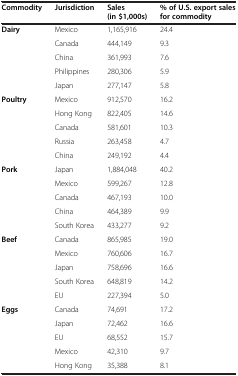
<table><thead><tr><td><b>Commodity</b></td><td><b>Jurisdiction</b></td><td><b>Sales (in $1,000s)</b></td><td><b>% of U.S. export sales for commodity</b></td></tr></thead><tbody><tr><td><b>Dairy</b></td><td>Mexico</td><td>1,165,916</td><td>24.4</td></tr><tr><td> </td><td>Canada</td><td>444,149</td><td>9.3</td></tr><tr><td> </td><td>China</td><td>361,993</td><td>7.6</td></tr><tr><td> </td><td>Philippines</td><td>280,306</td><td>5.9</td></tr><tr><td> </td><td>Japan</td><td>277,147</td><td>5.8</td></tr><tr><td><b>Poultry</b></td><td>Mexico</td><td>912,570</td><td>16.2</td></tr><tr><td> </td><td>Hong Kong</td><td>822,405</td><td>14.6</td></tr><tr><td> </td><td>Canada</td><td>581,601</td><td>10.3</td></tr><tr><td> </td><td>Russia</td><td>263,458</td><td>4.7</td></tr><tr><td> </td><td>China</td><td>249,192</td><td>4.4</td></tr><tr><td><b>Pork</b></td><td>Japan</td><td>1,884,048</td><td>40.2</td></tr><tr><td> </td><td>Mexico</td><td>599,267</td><td>12.8</td></tr><tr><td> </td><td>Canada</td><td>467,193</td><td>10.0</td></tr><tr><td> </td><td>China</td><td>464,389</td><td>9.9</td></tr><tr><td> </td><td>South Korea</td><td>433,277</td><td>9.2</td></tr><tr><td><b>Beef</b></td><td>Canada</td><td>865,985</td><td>19.0</td></tr><tr><td> </td><td>Mexico</td><td>760,606</td><td>16.7</td></tr><tr><td> </td><td>Japan</td><td>758,696</td><td>16.6</td></tr><tr><td> </td><td>South Korea</td><td>648,819</td><td>14.2</td></tr><tr><td> </td><td>EU</td><td>227,394</td><td>5.0</td></tr><tr><td><b>Eggs</b></td><td>Canada</td><td>74,691</td><td>17.2</td></tr><tr><td> </td><td>Japan</td><td>72,462</td><td>16.6</td></tr><tr><td> </td><td>EU</td><td>68,552</td><td>15.7</td></tr><tr><td> </td><td>Mexico</td><td>42,310</td><td>9.7</td></tr><tr><td> </td><td>Hong Kong</td><td>35,388</td><td>8.1</td></tr></tbody></table>